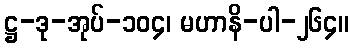
ဋ္ဌ-ဒု-အုပ်-၁၀၄၊ မဟာနိ-ပါ-၂၆၄။